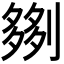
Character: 𫦗